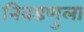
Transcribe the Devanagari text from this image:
निवडणुला